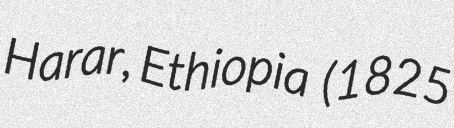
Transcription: Harar, Ethiopia  (1825